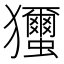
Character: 𤣝